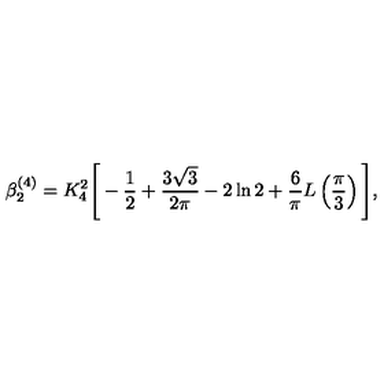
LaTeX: \beta _ { 2 } ^ { ( 4 ) } = K _ { 4 } ^ { 2 } \Bigg [ - \frac { 1 } { 2 } + \frac { 3 \sqrt { 3 } } { 2 \pi } - 2 \ln 2 + \frac { 6 } { \pi } L \left( \frac { \pi } { 3 } \right) \Bigg ] ,